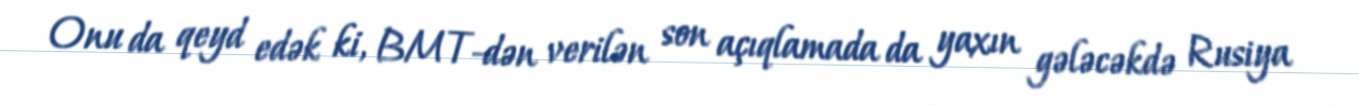
Onu da qeyd edək ki, BMT-dən verilən son açıqlamada da yaxın gələcəkdə Rusiya